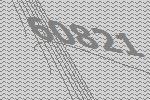
60821